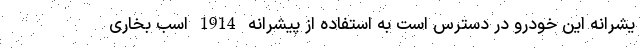
یشرانه این خودرو در دسترس است به استفاده از پیشرانه 1914 اسب بخاری